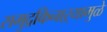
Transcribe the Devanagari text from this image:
समुद्रकिनाऱ्यामुळे